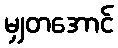
မျှတအောင်